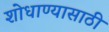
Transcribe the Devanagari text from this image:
शोधाण्यासाठी